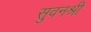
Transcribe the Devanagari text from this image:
सुवनश्री